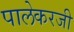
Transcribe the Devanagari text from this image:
पालेकरजी